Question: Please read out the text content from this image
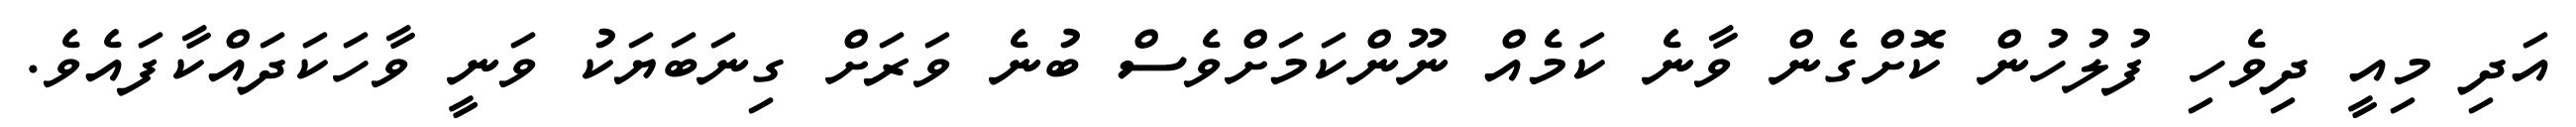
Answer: އަދި މިއީ ދިވެހި ފުލުހުން ކޮށްގެން ވާނެ ކަމެއް ނޫންކަމަށްވެސް ބުނެ ވަރަށް ގިނަބަޔަކު ވަނީ ވާހަކަދައްކާފައެވެ.